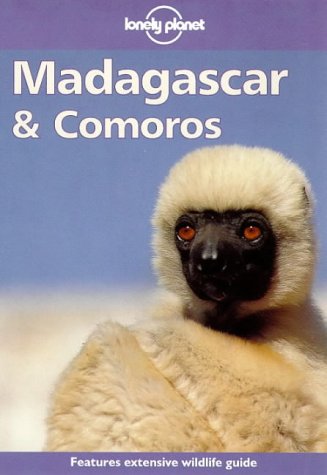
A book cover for Lonely Planet Madagascar & Comoros (3rd ed); Paul Greenway; Travel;